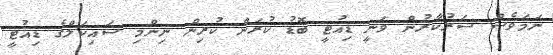
ނަމަވެސް ސަރުކާރުން ވަނީ ޑިއުޓީ ބޮޑު ކުރަން ކުރިން ނިންމި ސައިކަލްގެ ޑިއުޓީ